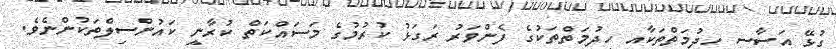
ގުޅޭ އަސާސީ ހިދުމަތްތަކާއި ހިދުމަތްތަކުގެ ފެންވަރު ރަގަޅު ކުރުމުގެ މަސައްކަތް ކުރާނީ ކައުންސިލްތަކުންނެވެ.